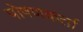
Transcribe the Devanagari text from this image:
पोषणकर्ता